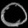
Digit: ၀